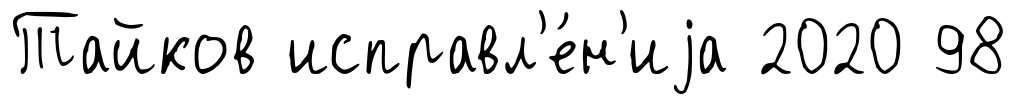
Тайков исправл'е́н'иjа 2020 98